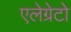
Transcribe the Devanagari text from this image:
एलेग्रेटो